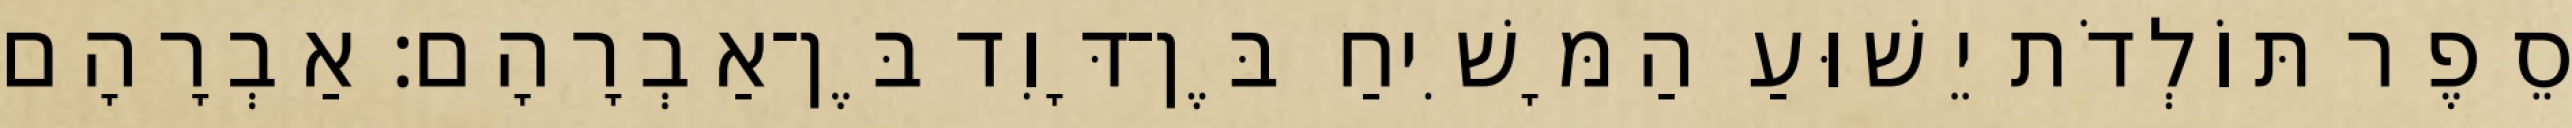
סֵפֶר תּוֹלְדֹת יֵשׁוּעַ הַמָּשִׁיחַ בֶּן־דָּוִד בֶּן־אַבְרָהָם׃ אַבְרָהָם